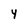
Character: 4